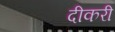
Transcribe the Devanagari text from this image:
दीकरी